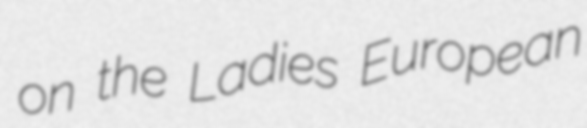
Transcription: on the Ladies European